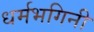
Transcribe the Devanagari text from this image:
धर्मभगिनी